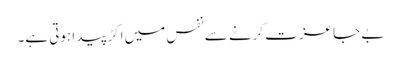
بے جا عزت کرنے سے نفس میں اکڑ پیدا ہوتی ہے۔